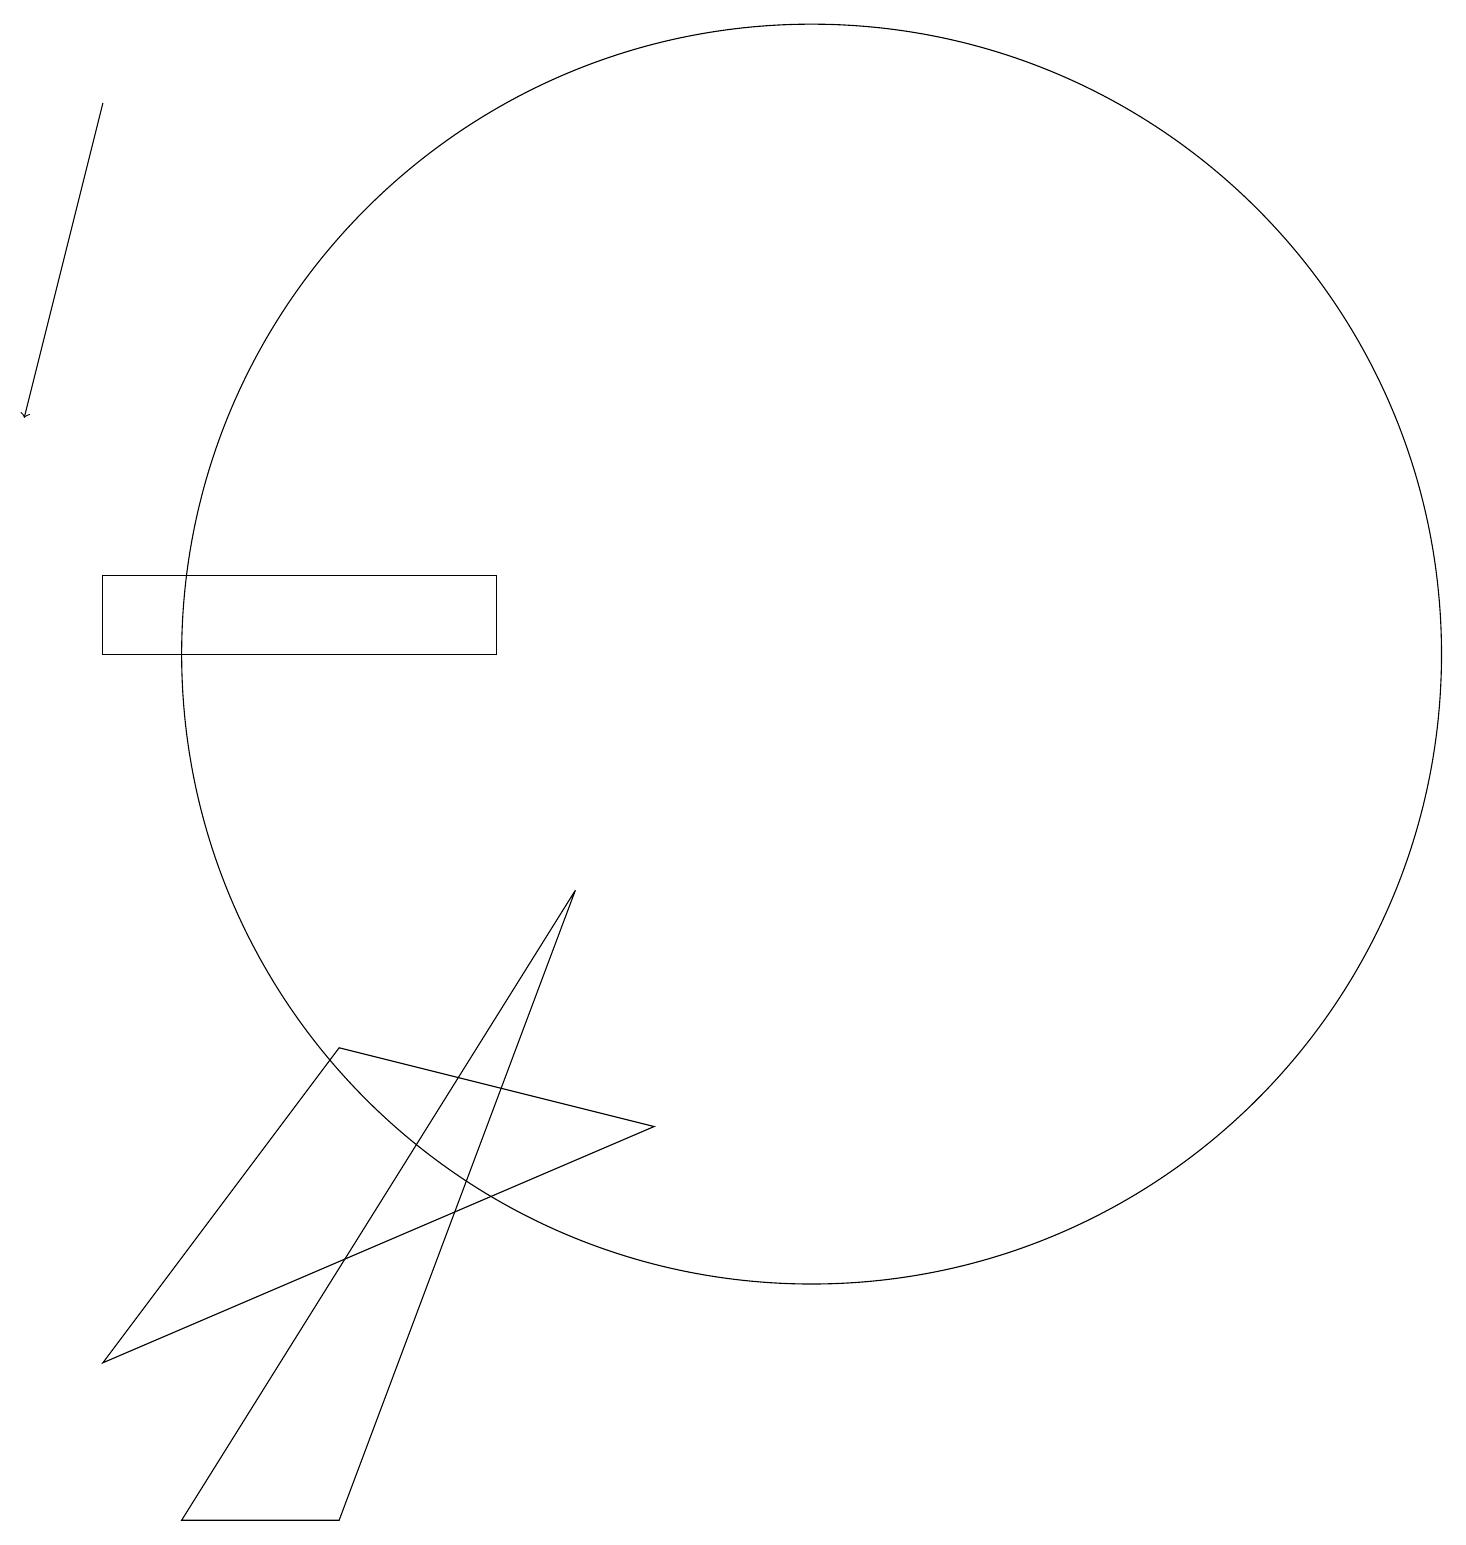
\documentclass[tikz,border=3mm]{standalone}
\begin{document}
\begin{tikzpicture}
\draw (4,6) -- (1,2) -- (8,5) -- cycle;
\draw[->] (1,18) -- (0,14);
\draw (4,0) -- (2,0) -- (7,8) -- cycle;
\draw (1,12) rectangle (6,11);
\draw (10,11) circle (8);
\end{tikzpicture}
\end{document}